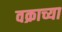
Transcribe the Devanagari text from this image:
वक्राच्या